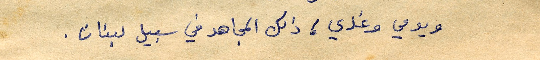
ويومي وغدي، ذلك المجاهد في سبيل لبنان.